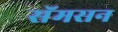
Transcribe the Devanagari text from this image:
सॅमसन